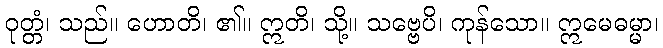
ဝုတ္တံ၊ သည်။ ဟောတိ၊ ၏။ ဣတိ၊ သို့။ သဗ္ဗေပိ၊ ကုန်သော။ ဣမေဓမ္မာ၊